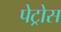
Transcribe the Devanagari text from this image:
पेट्रोस